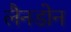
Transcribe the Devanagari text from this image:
लैनडोन